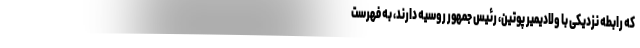
که رابطه نزدیکی با ولادیمیر پوتین، رئیس جمهور روسیه دارند، به فهرست